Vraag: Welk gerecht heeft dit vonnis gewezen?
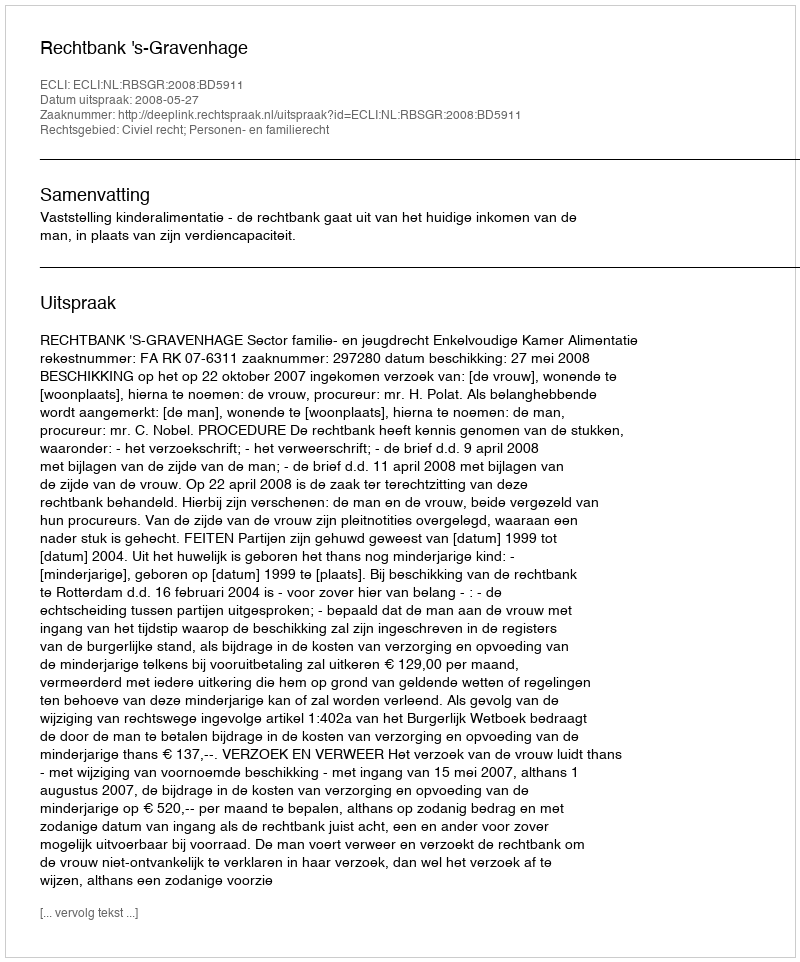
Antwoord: Rechtbank 's-Gravenhage